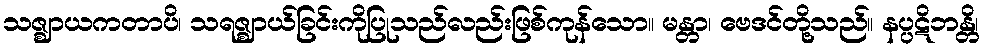
သဇ္ဈာယကတာပိ၊ သရဇ္ဈာယ်ခြင်းကိုပြုသည်လည်းဖြစ်ကုန်သော။ မန္တာ၊ ဗေဒင်တို့သည်။ နပ္ပဋိဘန္တိ၊